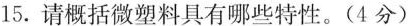
15.请概括微塑料具有哪些特性。(4 分)